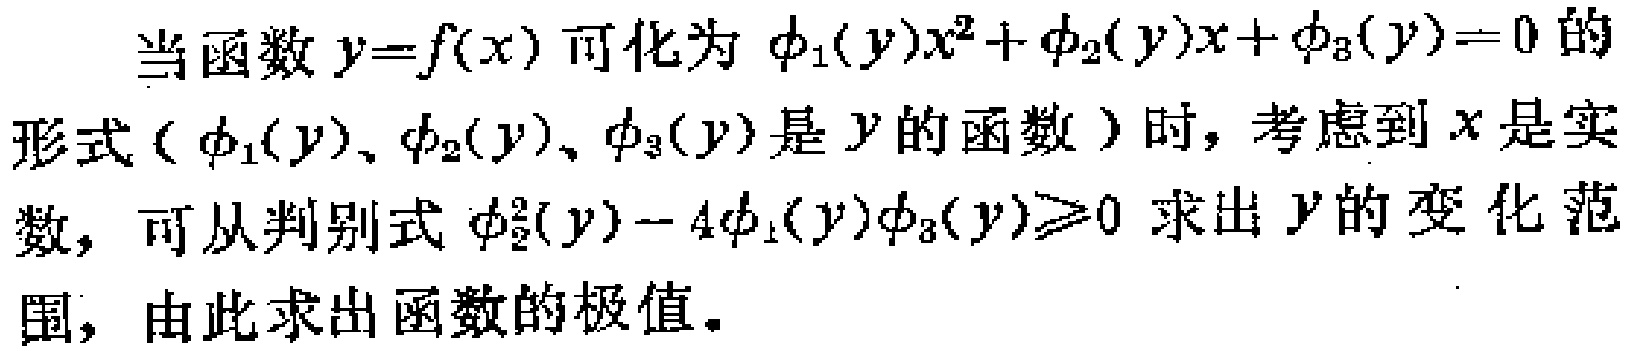
当函数\(y = f(x)\)可化为\(\phi_1(y)x^{2}+\phi_2(y)x+\phi_3(y)=0\)的形式（\(\phi_1(y)\)、\(\phi_2(y)\)、\(\phi_3(y)\)是\(y\)的函数）时，考虑到\(x\)是实数，可从判别式\(\phi_2^{2}(y)-4\phi_1(y)\phi_3(y)\geq0\)求出\(y\)的变化范围，由此求出函数的极值。